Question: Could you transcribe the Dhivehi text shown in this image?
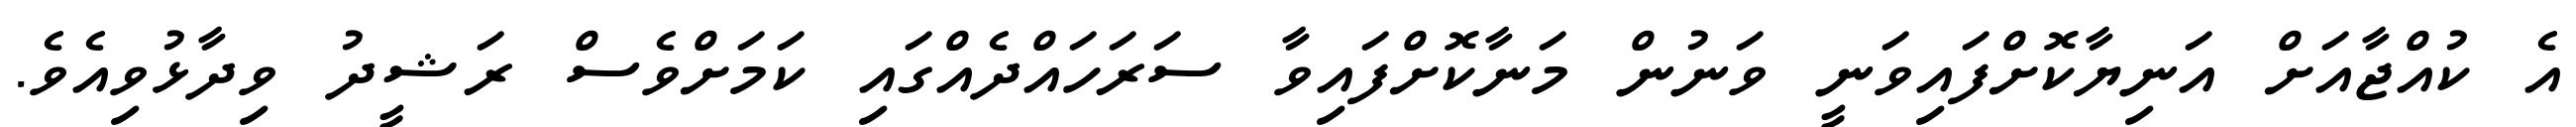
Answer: އެ ކުއްޖާއަށް އަނިޔާކޮށްފައިވަނީ ވަނުން މަނާކޮށްފައިވާ ސަރަހައްދެއްގައި ކަމަށްވެސް ރަޝީދު ވިދާޅުވިއެވެ.